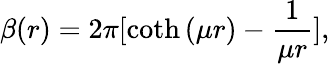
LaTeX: \beta(r)={2\pi}[\coth{(\mu r)}-\frac{1}{\mu r}],